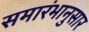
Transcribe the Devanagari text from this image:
समारंभानुसार